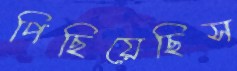
পিছিয়েছিস